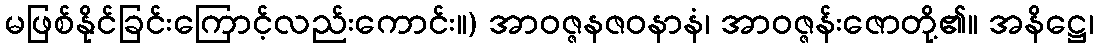
မဖြစ်နိုင်ခြင်းကြောင့်လည်းကောင်း။) အာဝဇ္ဇနဇဝနာနံ၊ အာဝဇ္ဇန်းဇောတို့၏။ အနိဋ္ဌေ၊